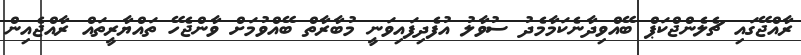
ރާއްޖޭގައި ޗެލެންޖްކަޕް ބޭއްވިދާނެކަމާމެދު ސުވާލު އުފެދިފައިވަނީ މުބާރާތް ބޭއްވުމަށް ވާންޖެހޭ ތައްޔާރީތައް ރާއްޖެއިން